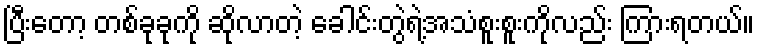
ပြီးတော့ တစ်ခုခုကို ဆိုလာတဲ့ ခေါင်းတွဲရဲ့အသံစူးစူးကိုလည်း ကြားရတယ်။